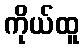
ကိုယ်ထူ